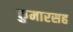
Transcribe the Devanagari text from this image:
कुमारसह